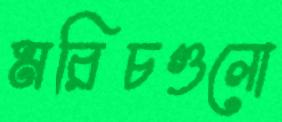
মরিচগুলো